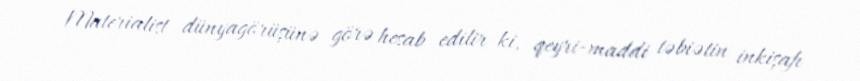
Materialist dünyagörüşünə görə hesab edilir ki, qeyri-maddi təbiətin inkişafı